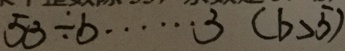
5 3 \div b \cdots 3 ( b > 5 )